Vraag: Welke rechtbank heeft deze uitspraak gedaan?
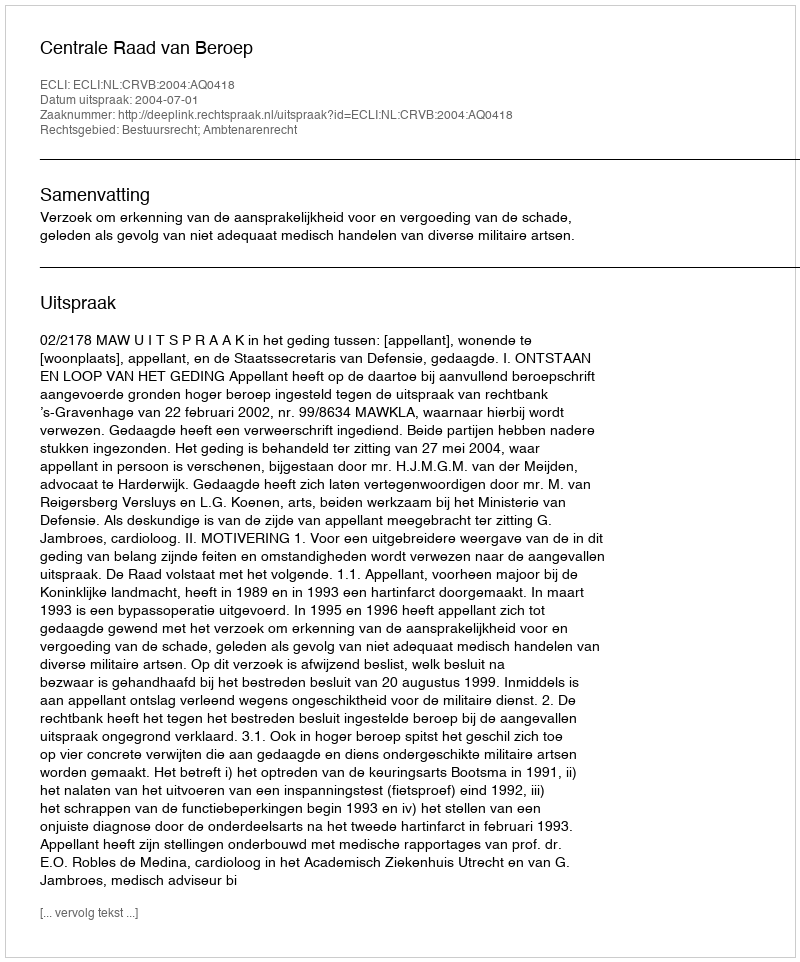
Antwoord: Centrale Raad van Beroep